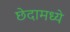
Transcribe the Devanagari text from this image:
छेदामध्ये